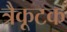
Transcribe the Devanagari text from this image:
त्रैकूटक